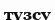
түзсу